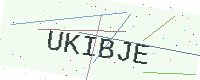
Text: UKIBJE